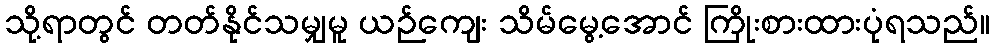
သို့ရာတွင် တတ်နိုင်သမျှမူ ယဉ်ကျေး သိမ်မွေ့အောင် ကြိုးစားထားပုံရသည်။